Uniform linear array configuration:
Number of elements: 16
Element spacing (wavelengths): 0.5
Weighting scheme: binomial
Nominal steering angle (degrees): -15
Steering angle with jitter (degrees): -15.789
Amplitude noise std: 0.05
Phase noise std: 0.05

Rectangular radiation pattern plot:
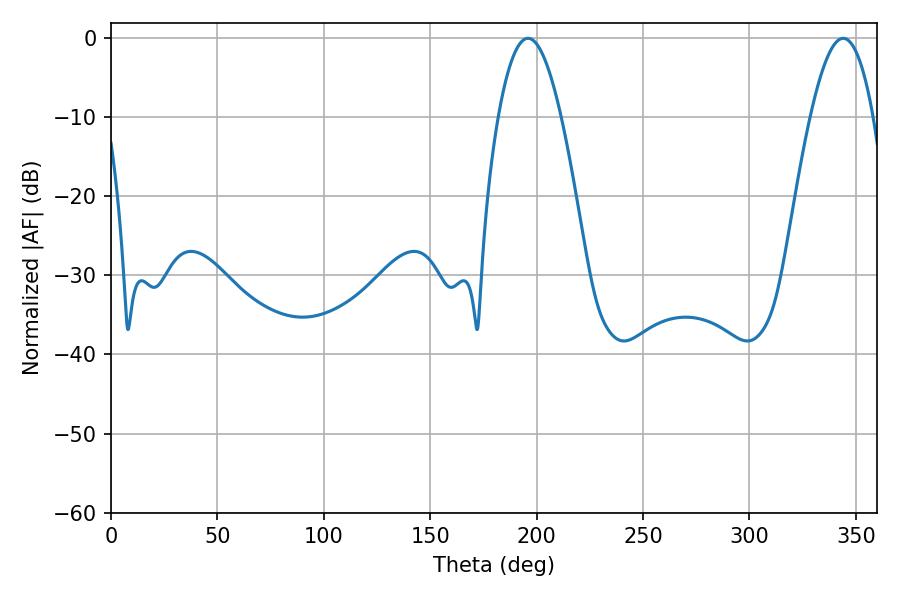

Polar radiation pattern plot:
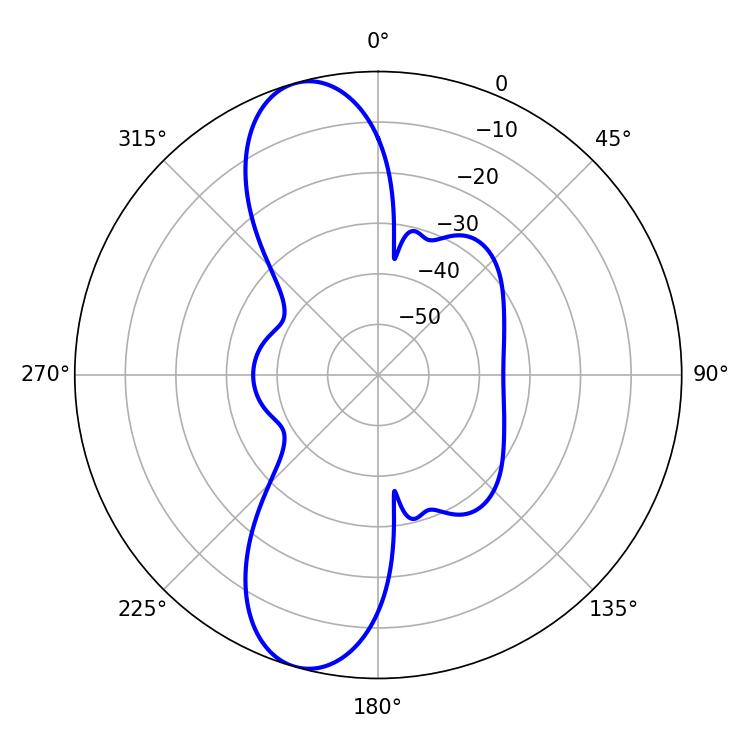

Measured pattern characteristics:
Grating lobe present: FALSE
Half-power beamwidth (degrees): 16.2
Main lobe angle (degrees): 196.02